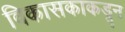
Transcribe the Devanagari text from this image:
विकासकाकडून